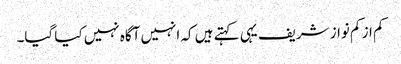
کم از کم نواز شریف یہی کہتے ہیں کہ انہیں آگاہ نہیں کیا گیا۔